Annual returns of the Patna Lunatic Asylum at Bankipore in Bihar and Orissa - 1912-1924
Year: 1912
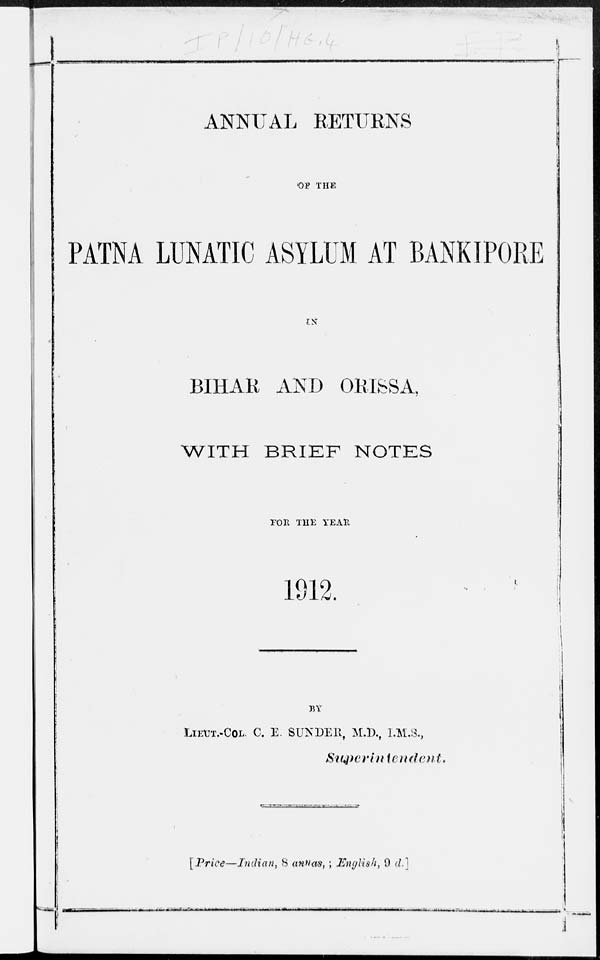
ANNUAL RETURNS
OF THE
PATNA LUNATIC ASYLUM AT BANKIPORE
IN
BIHAR AND ORISSA,
WITH BRIEF NOTES
FOR THE YEAR
1912.
BY
LIEUT.-COL. C. E. SUNDER, M.D., I.M.S.,
Superintendent.
[Price—Indian, 8 annas, ; English, 9 d.]